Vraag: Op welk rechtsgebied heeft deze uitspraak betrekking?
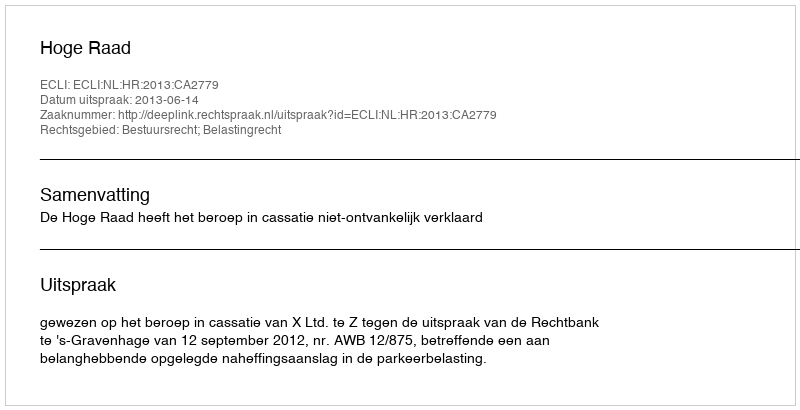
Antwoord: Bestuursrecht; Belastingrecht